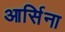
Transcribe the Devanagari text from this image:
आर्सिना